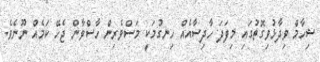
ޝިހާމް ވިދާޅުވިގޮތުގައި މިފަދަ ހާދިސާއެއް ހިނގުމަކީ މަސްވެރިން ހާސްވާން ޖެހޭ ކަމެއް ނޫނެވެ.